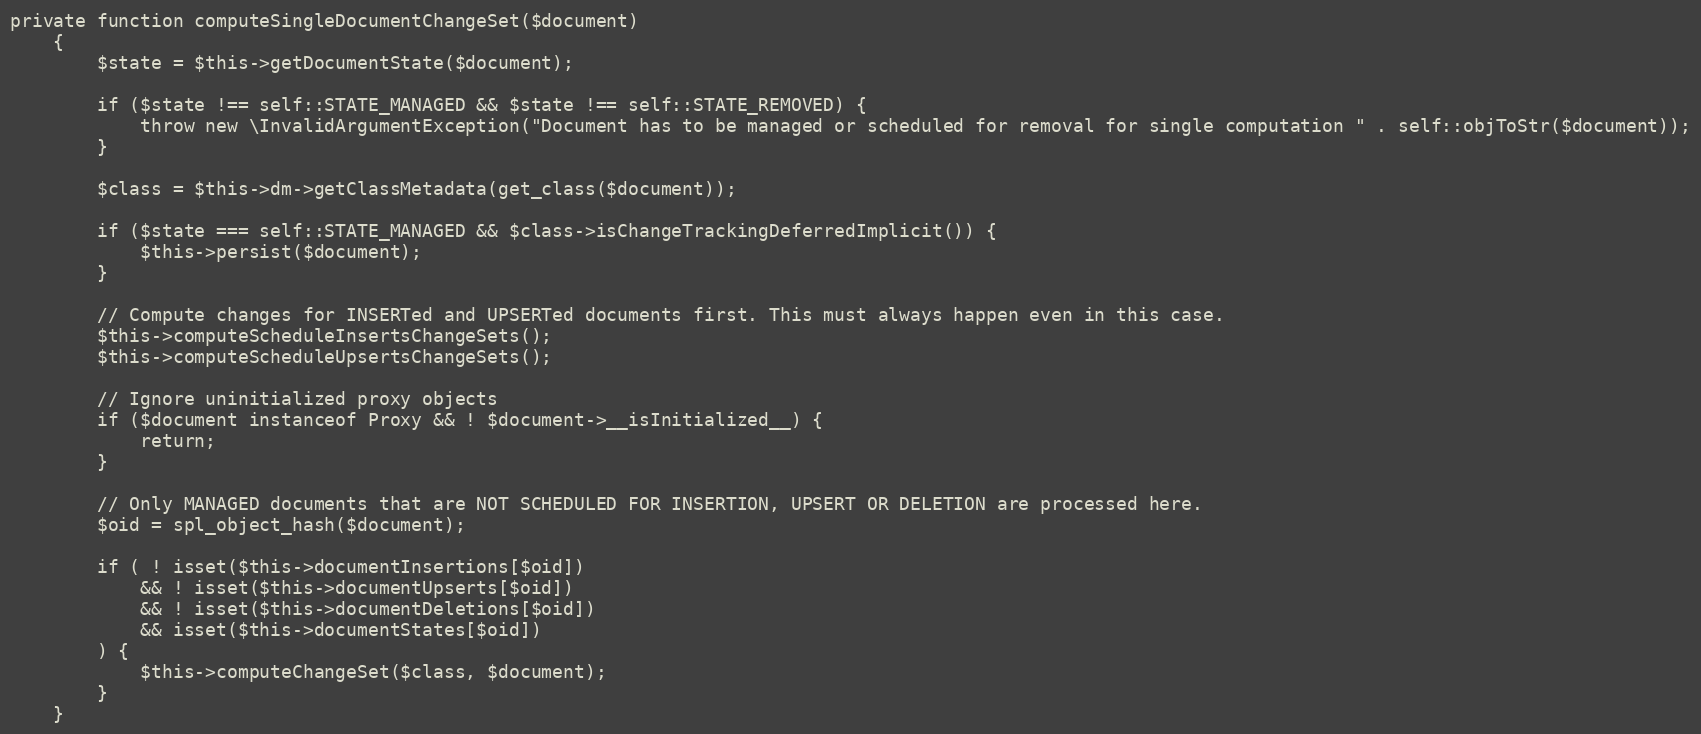
Language: PHP
private function computeSingleDocumentChangeSet($document)
    {
        $state = $this->getDocumentState($document);

        if ($state !== self::STATE_MANAGED && $state !== self::STATE_REMOVED) {
            throw new \InvalidArgumentException("Document has to be managed or scheduled for removal for single computation " . self::objToStr($document));
        }

        $class = $this->dm->getClassMetadata(get_class($document));

        if ($state === self::STATE_MANAGED && $class->isChangeTrackingDeferredImplicit()) {
            $this->persist($document);
        }

        // Compute changes for INSERTed and UPSERTed documents first. This must always happen even in this case.
        $this->computeScheduleInsertsChangeSets();
        $this->computeScheduleUpsertsChangeSets();

        // Ignore uninitialized proxy objects
        if ($document instanceof Proxy && ! $document->__isInitialized__) {
            return;
        }

        // Only MANAGED documents that are NOT SCHEDULED FOR INSERTION, UPSERT OR DELETION are processed here.
        $oid = spl_object_hash($document);

        if ( ! isset($this->documentInsertions[$oid])
            && ! isset($this->documentUpserts[$oid])
            && ! isset($this->documentDeletions[$oid])
            && isset($this->documentStates[$oid])
        ) {
            $this->computeChangeSet($class, $document);
        }
    }